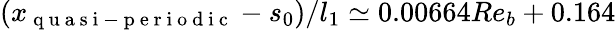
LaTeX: (x_{\mathrm{~q~u~a~s~i~-~p~e~r~i~o~d~i~c~}}-s_{0})/l_{1}\simeq 0.00664Re_{b}+0.164